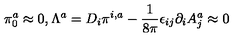
\pi _ { 0 } ^ { a } \approx 0 , \Lambda ^ { a } = D _ { i } \pi ^ { i , a } - \frac { 1 } { 8 \pi } \epsilon _ { i j } \partial _ { i } A _ { j } ^ { a } \approx 0